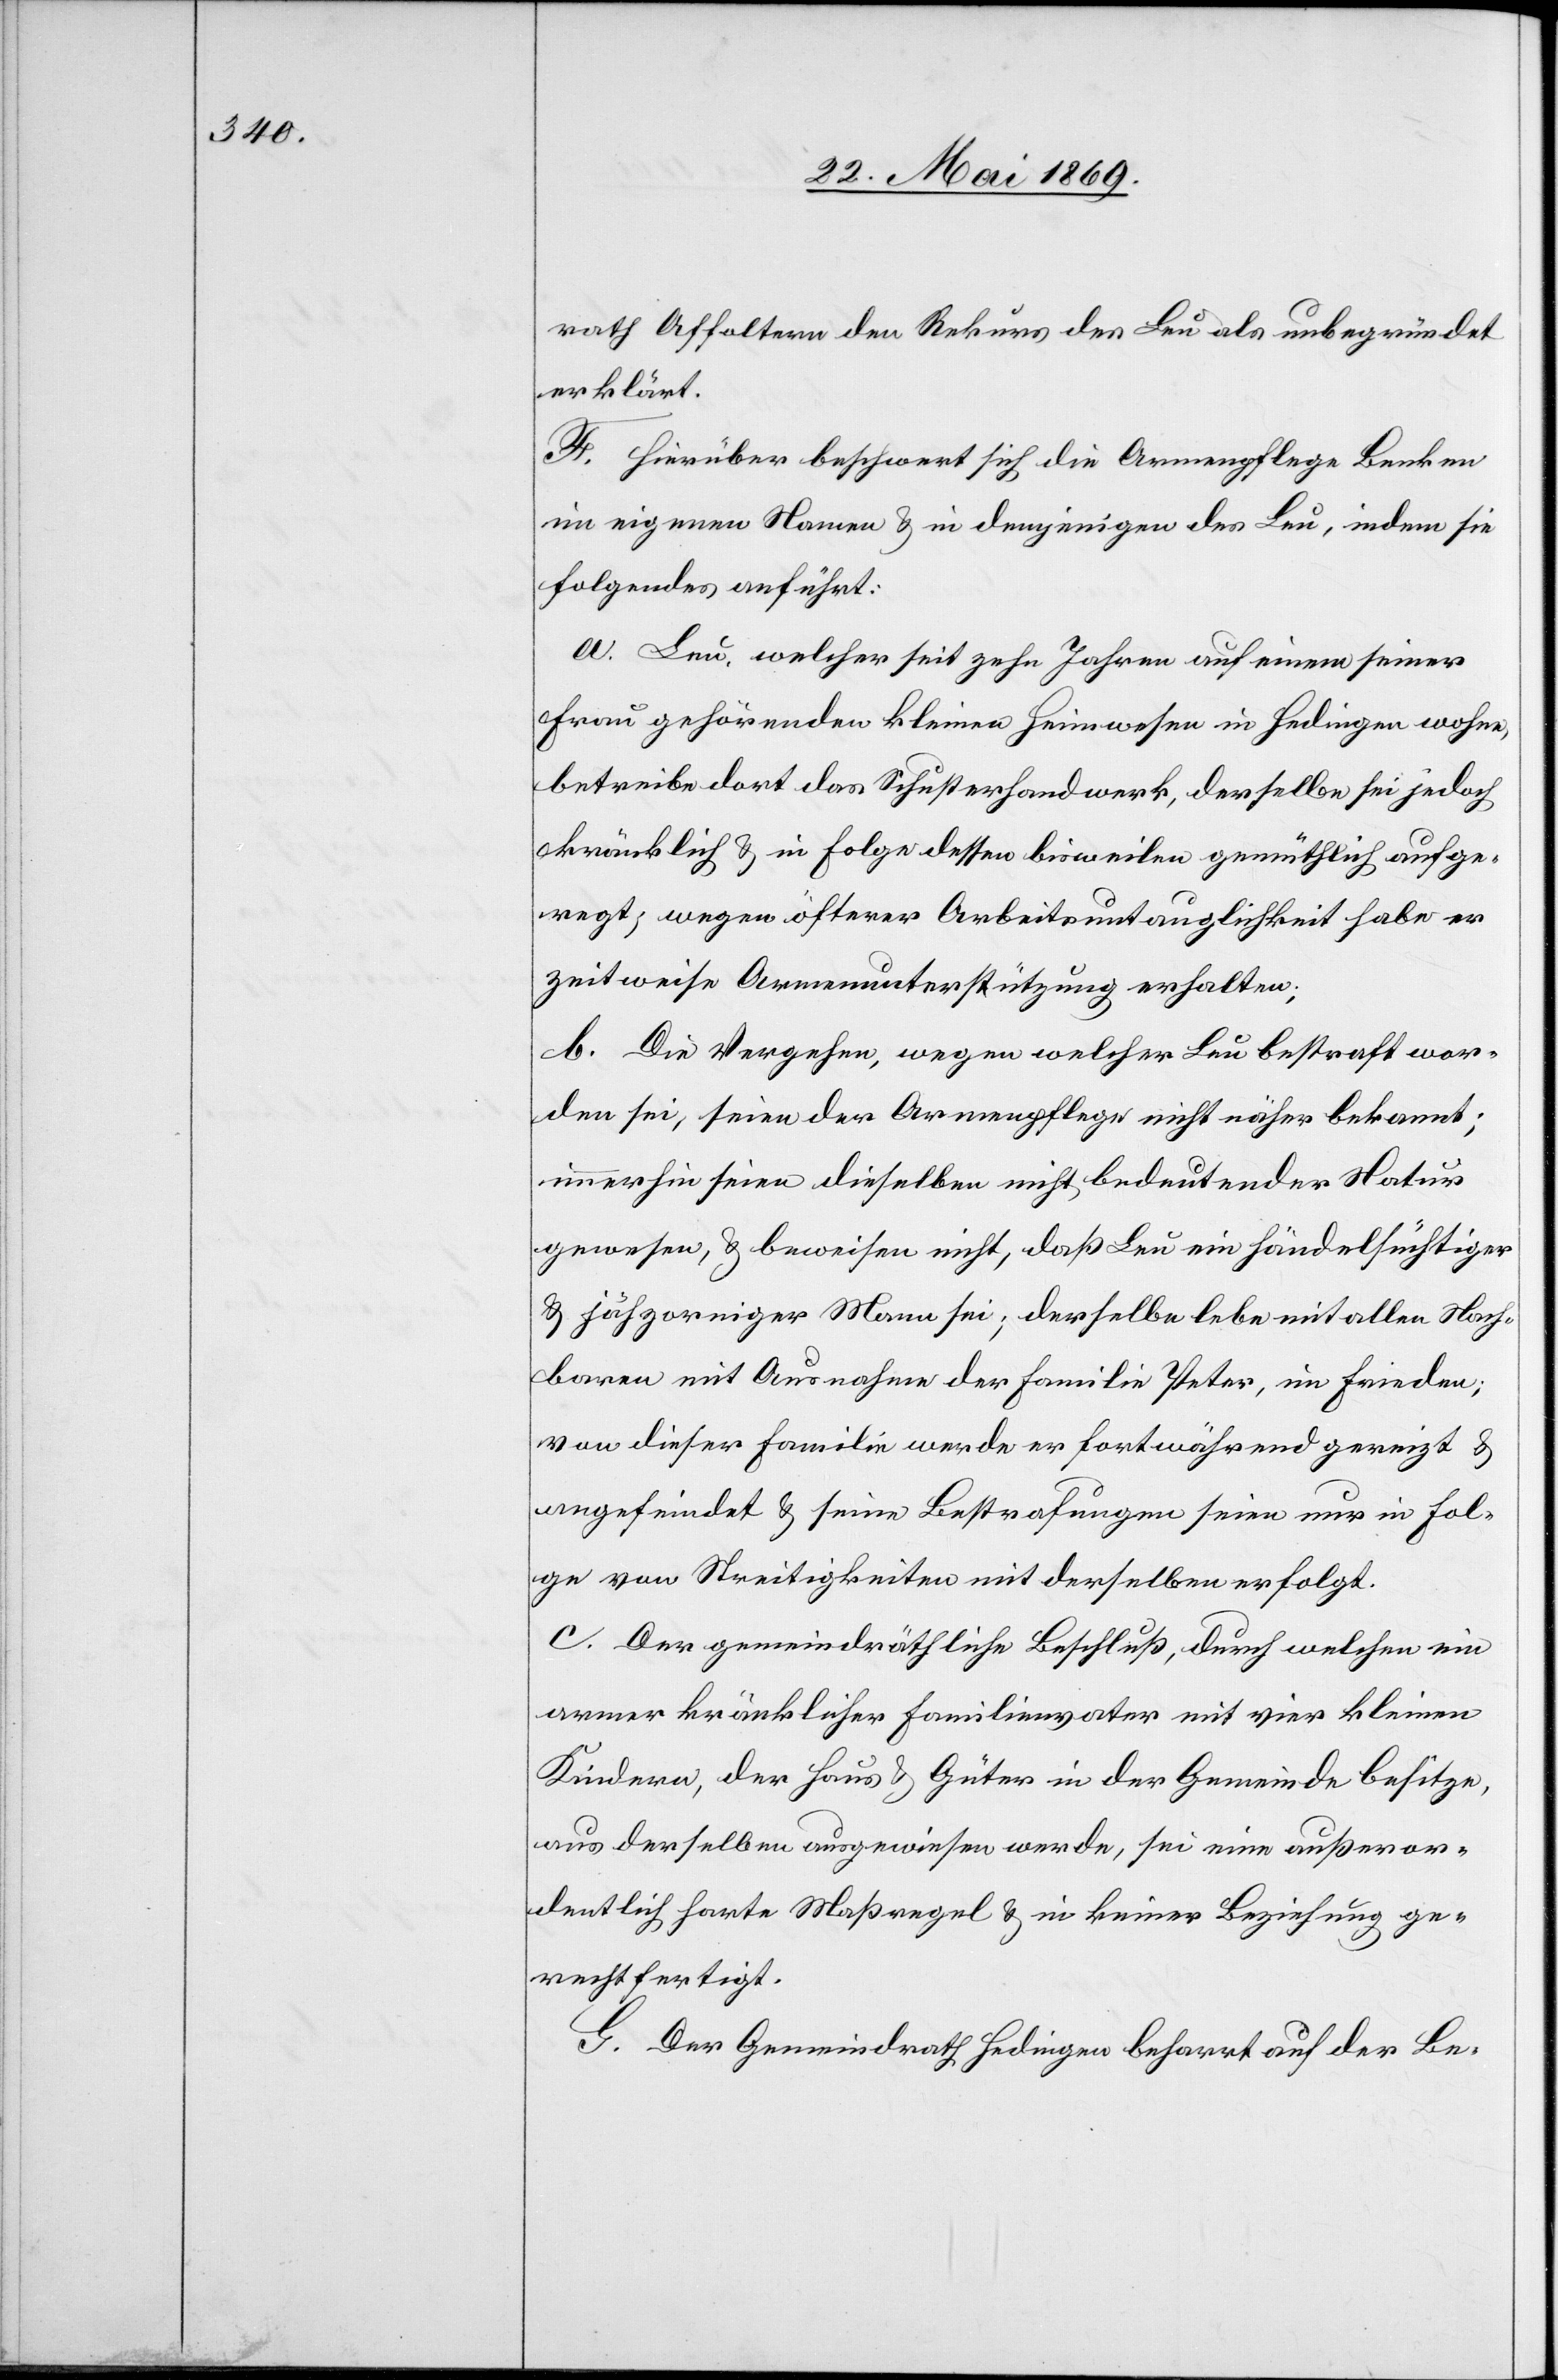
rath Affoltern den Rekurs des Leu als unbegründet
erklärt.
F. Hierüber beschwert sich die Armenpflege Benken
im eigenen Namen u. in demjenigen des Leu, indem sie
folgendes anführt:
a. Leu, welcher seit zehn Jahren auf einem seiner
Frau gehörenden kleinen Heimwesen in Hedingen wohne,
betreibe dort das Schusterhandwerk, derselbe sei jedoch
kränklich u. in Folge dessen bisweilen gemüthlich aufge¬
regt; wegen öfterer Arbeitsuntauglichkeit habe er
zeitweise Armenunterstützung erhalten;
b. Die Vergehen, wegen welcher Leu bestraft wor¬
den sei, seien der Armenpflege nicht näher bekannt;
immerhin seien dieselben nicht bedeutender Natur
gewesen, u. beweisen nicht, daß Leu ein händelflüchtiger
u. jähzorniger Mann sei; derselbe lebe mit allen Nach¬
barn mit Ausnahme der Familie Peter, in Frieden;
von dieser Familie werde er fortwährend gereizt u.
angefeindet u. seine Bestrafungen seien nur in Fol¬
ge von Streitigkeiten mit derselben erfolgt.
c. Der gemeindräthliche Beschluß, durch welchen ein
armer kränklicher Familienvater mit vier kleinen
Kindern, der Haus u. Güter in der Gemeinde besitze,
aus derselben ausgewiesen werde, sei eine außeror¬
dentlich harte Maßregel u. in keiner Beziehung ge¬
rechtfertigt.
G. Der Gemeindrath Hedingen beharrt auf der Be-